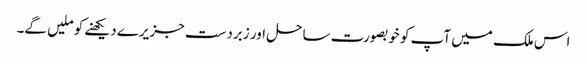
اس ملک میں آپ کو خوبصورت ساحل اور زبردست جزیرے دیکھنے کو ملیں گے۔